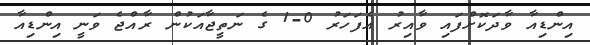
އިންޑިއާ ވާދަކޮށްފައި ވާއިރު އެފަހަރު 0-1 ގެ ނަތީޖާއަކުން ރާއްޖެ ވަނީ އިންޑިއާ